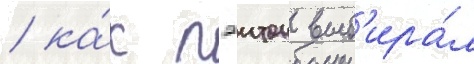
/ ка́к пэитон выб'ира́л